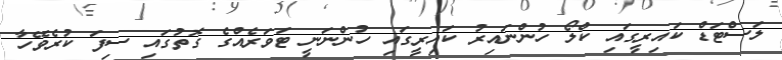
ލަސްޓަޑް ކައިރީގައި ކްލޯ ހުންނައިރު ކައިރީގައި ހުންނަނީ ޓަވަރެއްގެ ގޮތުގައި ސިފަ ކުރެވޭހާ